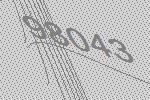
98043